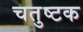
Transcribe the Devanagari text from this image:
चतुष्टक